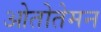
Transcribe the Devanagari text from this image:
ओतोतेमन